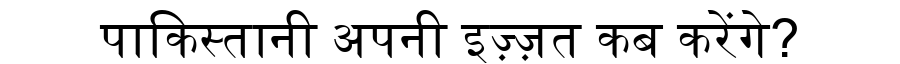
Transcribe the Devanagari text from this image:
पाकिस्तानी अपनी इज़्ज़त कब करेंगे?